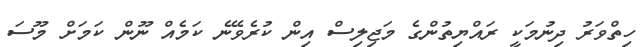
ހިތްވަރު ދިނުމަކީ ރައްޔިތުންގެ މަޖިލިސް އިން ކުރެވޭނެ ކަމެއް ނޫން ކަމަށް މޫސަ